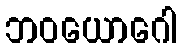
ဘဝယောဂေါ